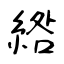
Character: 綹